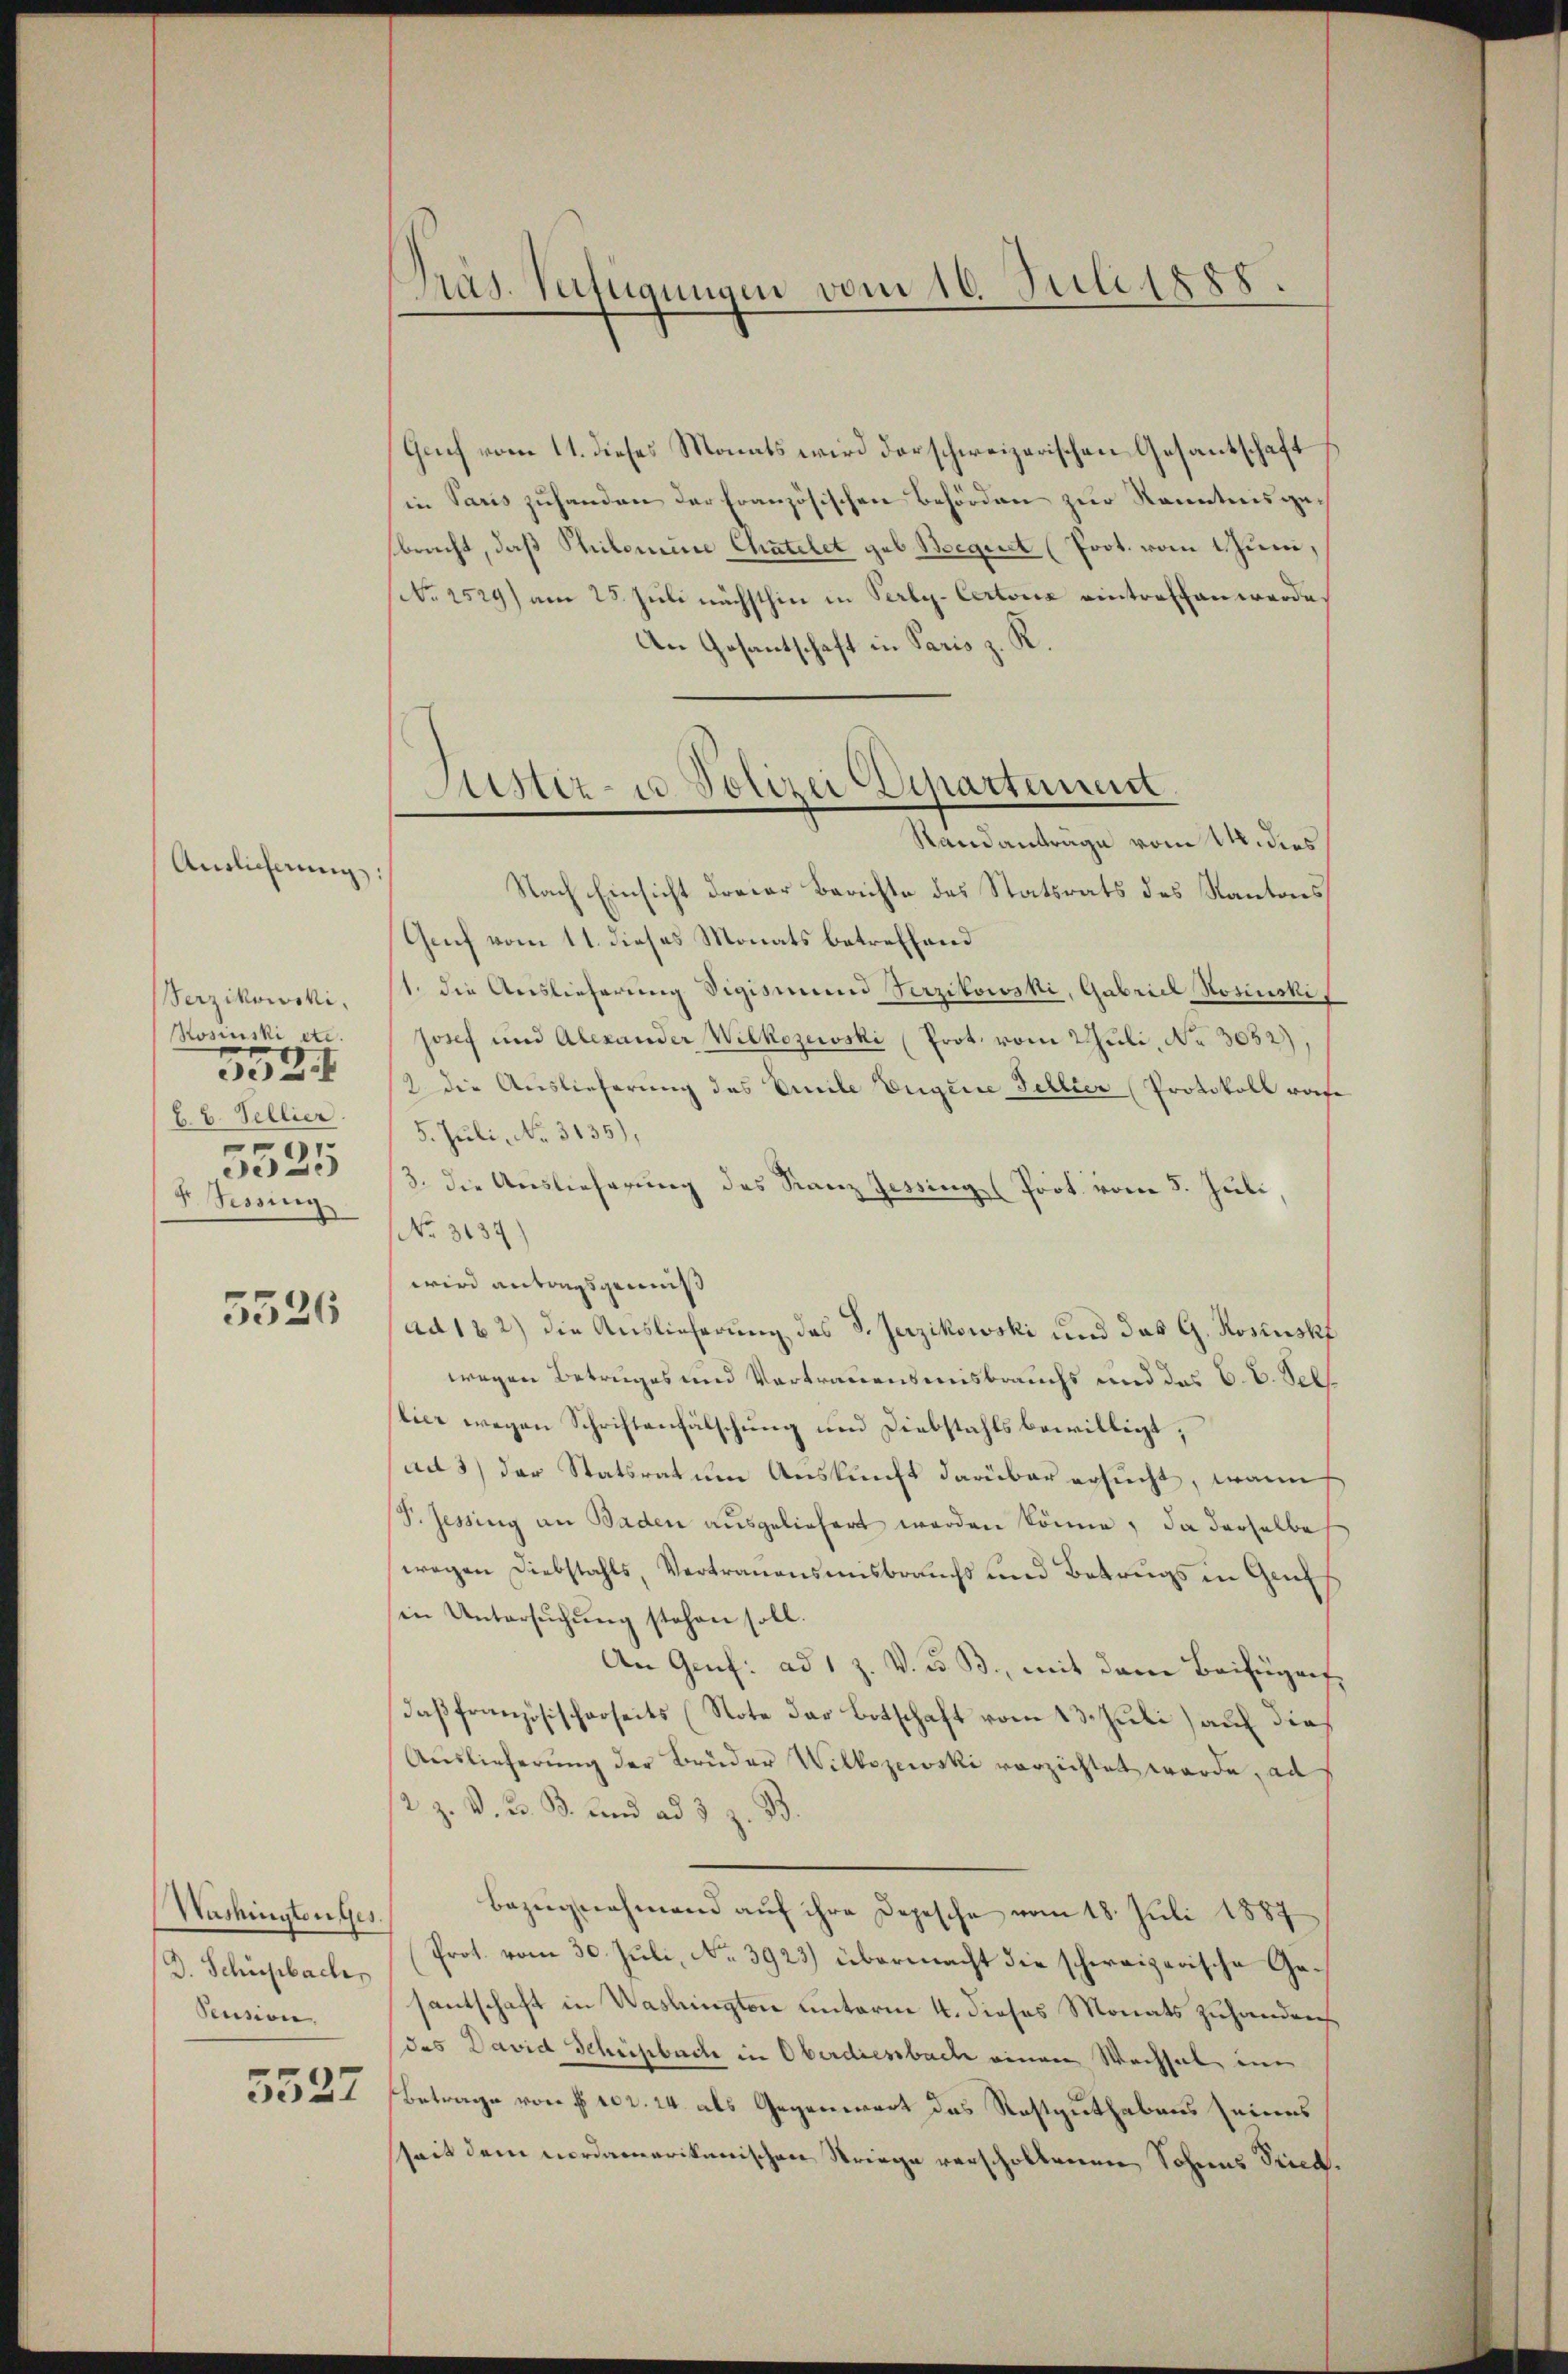
Anslicherung:
Berzikowski,
Rosinski etc.
5524
B. V. Pellier.
5525
F Sessing

5526

D. Schürfbachs
Pension.

5527

PPräs. Verfügungen vom 16. Juli 1888.

Gruf vom 11. dieses Monats wird derschweizerischen Gesantschaft
in Paris zuhanden der Französischen Behörden zur Kenntnis gebracht, daß Philomine Chatelet geb. Begnet (Prot. vom 1. Juni,
No 1529) am 25. Juli nächsthin in Serly-Certonia eintreffen werde.
An Gesantschaft in Paris z. R.
Nach Einsicht dreier Berichte des Statsrats des Kantons
Genf vom 11. dieses Monats betreffend
1. die Auslieferung Sigismund Verzikowski, Gabei Rosinstif
Josef und Alexander Wilkozewski (Prot. vom Juli, No 3052).
2 die Auslieferung des Emile Eigene Fellier Protokoll wofe
5. Juli, No. 3135),
3. die Auslieferung des Stanz Jessing (Prot. vom 8. Juli,
No. 3134)
wird antragsgemeß
ad 162) die Auslieferung des d. Jezikowski und das G. Rosiuskf
wegen Betruges und Vortrauensmisbrauchs und des C.V. Sel
lier wegen Schriftenfälschung und Diebstahls bewilligt;
ad 3) der Statsrat um Auskunft darüber ersucht, was
S. Zessing an Baden ausgeliefert worden könne, da derselbe
wegen Diebstahls, Vertrauensmisbrauchs und Betrugs in Griff
in Untersŭchŭng stehen soll.
An Genf. ad 1 Z. V. u. B., mit dem Beifügen,
daß französischerseits (Note der Botschaft vom 13. Juli) auf dies
Auslieferung der Bruder Wilkszewski verzichtet werde, ad
2 Z. V. B. B. und ad 3 z. B.
Washingten Ges. Bezŭgnahmend aŭf ihre Depesche vom 18. Juli 1887
Prot. vom 30. Juli, No. 3923) übermacht die schweizerische Gesantschaft in Washingten unterm 4. dieses Monats zuhanden
das David Schichbach in Oberdiesbache einen Wachsel in
Betrage von § 102. 24 als Gegenwart das Restguthabens seines
seit dem nordamerikanischen Striege verschollenen Sohnes Stied.

Sitter- u Polizei Zipartement
Standanträge vom 14. dies